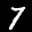
Label: 7